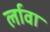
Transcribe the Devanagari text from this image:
र्लावा